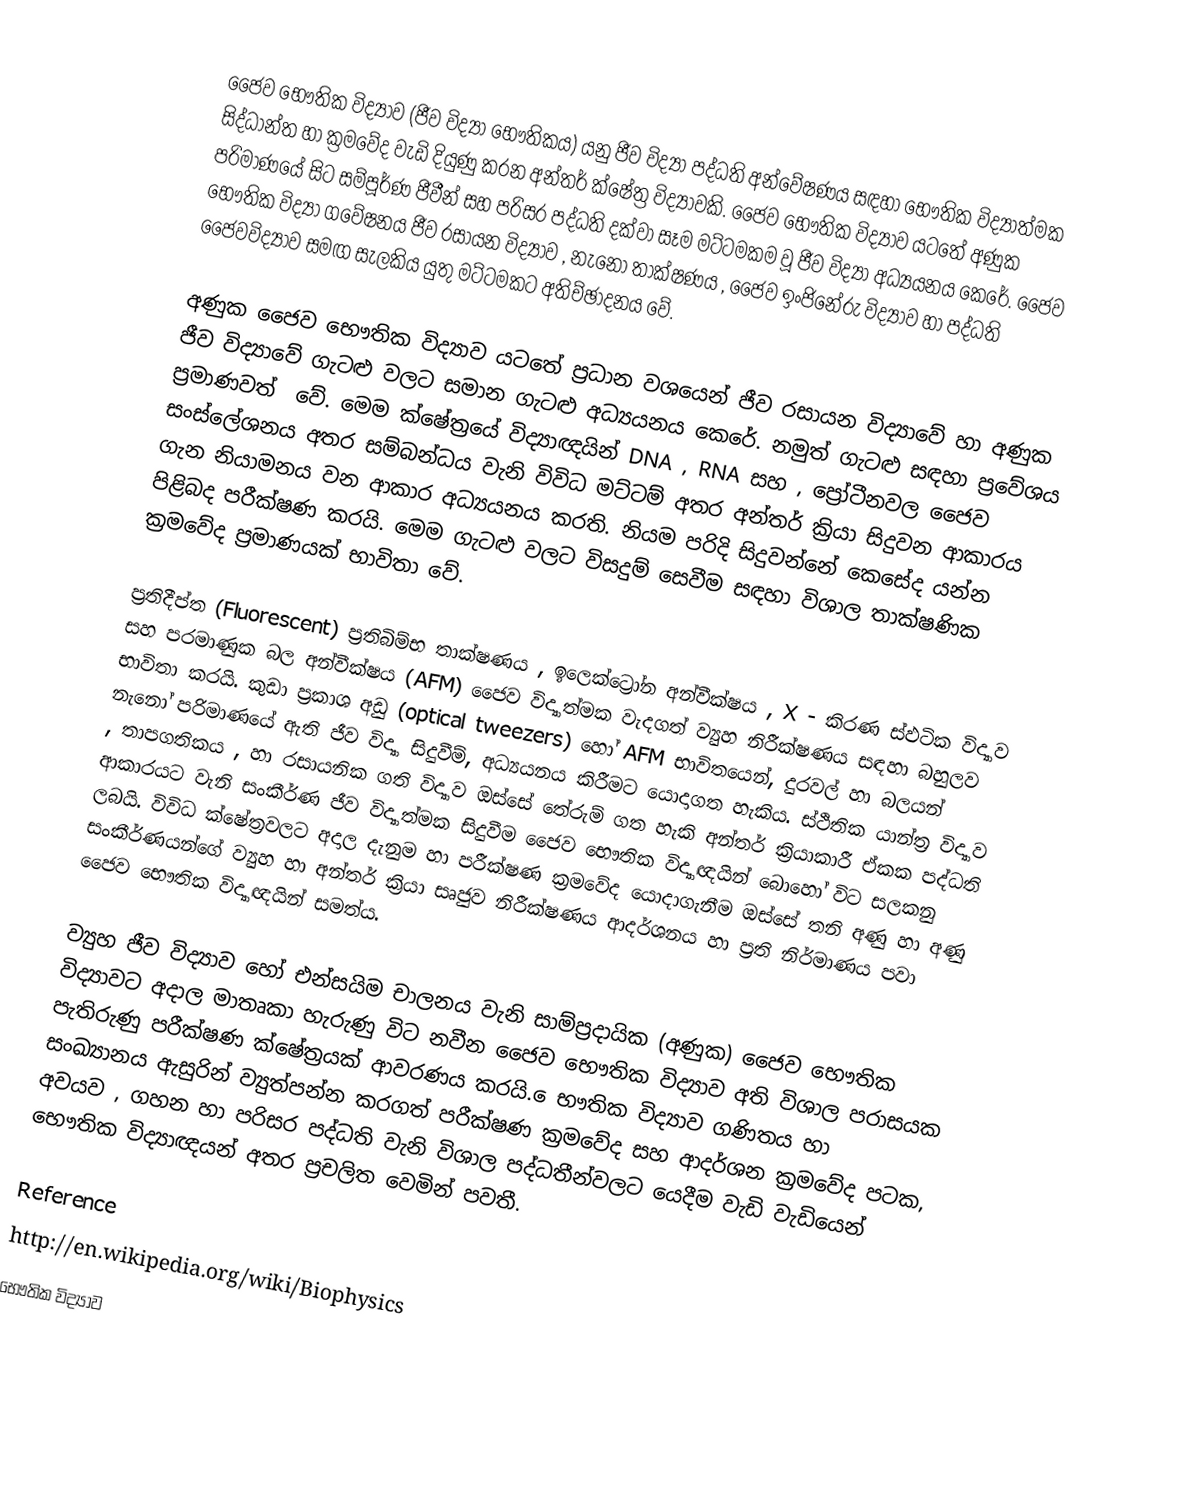
ජෛව භෞතික විද්‍යාව (ජීව විද්‍යා භෞතිකය) යනු ජීව විද්‍යා පද්ධති අන්වේෂණය සඳහා භෞතික විද්‍යාත්මක සිද්ධාන්ත හා ක්‍රමවේද වැඩි දියුණු කරන  අන්තර් ක්ෂේත්‍ර විද්‍යාවකි. ජෛව භෞතික විද්‍යාව යටතේ අණුක පරිමාණයේ සිට සම්පූර්ණ ජීවීන් සහ පරිසර පද්ධති දක්වා සෑම මට්ටමකම වූ ජීව විද්‍යා අධ්‍යයනය කෙරේ. ජෛව භෞතික විද්‍යා ගවේෂනය ජීව රසායන විද්‍යාව , නැනෝ තාක්ෂණය , ජෛව ඉංජිනේරු  විද්‍යාව හා පද්ධති ජෛවවිද්‍යාව සමඟ සැලකිය යුතු මට්ටමකට අතිච්ඡාදනය වේ.

අණුක ජෛව භෞතික විද්‍යාව යටතේ ප්‍රධාන වශයෙන් ජීව ‍රසායන විද්‍යාවේ හා අණුක ජීව විද්‍යාවේ ගැටළු වලට සමාන ගැටළු අධ්‍යයනය කෙරේ. නමුත් ගැටළු සඳහා ප්‍රවේශය ප්‍රමාණවත් ‍ වේ. මෙම ක්ෂේත්‍රයේ විද්‍යාඥයින් DNA , RNA සහ , ප්‍රෝටීනවල ජෛව සංස්ලේශනය අතර සම්බන්ධය වැනි විවිධ මට්ටම් අතර අන්තර් ක්‍රියා සිදුවන ආකාරය ගැන නියාමනය වන ආකාර අධ්‍යයනය කරති. නියම පරිදි සිදුවන්නේ කෙසේද යන්න පිළිබද පරීක්ෂණ කරයි. මෙම ගැටළු වලට විසදුම් සෙවීම සඳහා විශාල තාක්ෂණික ක්‍රමවේද ප්‍රමාණයක් භාවිතා වේ.

ප්‍රතිදීප්ත  (Fluorescent) ප්‍රතිබිම්භ තාක්ෂණය ,  ඉලෙක්ට්‍රෝන අන්වීක්ෂය , X - කිරණ ස්ඵටික විද්‍යාව සහ පරමාණුක බල අන්වීක්ෂය  (AFM)  ජෛව විද්‍යාත්මක වැදගත් ව්‍යුහ නිරීක්ෂණය සඳහා බහුලව භාවිතා කරයි. කුඩා ප්‍රකාශ අඩු (optical tweezers) හෝ AFM  භාවිතයෙන්, දුරවල් හා බලයන් ‍නැනෝ පරිමාණයේ ඇති ජීව විද්‍යා සිදුවීම්, අධ්‍යයනය කිරීමට යොදාගත හැකිය. ස්ථිතික යාන්ත්‍ර විද්‍යාව , තාපගතිකය , හා රසායනික ගති විද්‍යාව ඔස්සේ තේරුම් ගත හැකි අන්තර් ක්‍රියාකාරී ඒකක පද්ධති ආකාරයට වැනි සංකීර්ණ ජීව විද්‍යාත්මක සිදුවීම ජෛව භෞතික විද්‍යාඥයින් බොහෝ විට සලකනු ලබයි. විවිධ ක්ෂේත්‍රවලට අදාල දැනුම හා පරීක්ෂණ ක්‍රමවේද යොද‍ාගැනීම ඔස‍්සේ තනි අණු හා අණු සංකීර්ණයන්ගේ ව්‍යුහ හා අන්තර් ක්‍රියා සෘජුව නිරීක්ෂණය ආදර්ශනය හා ප්‍රති නිර්මාණය පවා ජෛව භෞතික විද්‍යාඥයින් සමත්ය.

ව්‍යුහ ජීව විද්‍යාව හෝ එන්සයිම චාලනය වැනි සාම්ප්‍රදායික (අණුක) ජෛව භෞතික විද්‍යාවට අදාල මාතෘකා හැරුණු විට නවීන ජෛව භෞතික විද්‍යාව අති විශාල පරාසයක පැතිරුණු පරීක්ෂණ ක්ෂේත්‍රයක් ආවරණය කරයි. ‍ෙ‍භෟතික විද්‍යාව ගණිතය හා සංඛ්‍යානය ඇසුරින් ව්‍යුත්පන්න කරගත් පරීක්ෂණ ක්‍රමවේද සහ ආදර්ශන ක්‍රමවේද පටක, අවයව , ගහන හා පරිසර පද්ධති වැනි විශාල පද්ධතීන්වලට යෙදීම වැඩි වැඩියෙන් භෞතික විද්‍යාඥයන් අතර ප්‍රචලිත වෙමින් පවතී.

Reference
http://en.wikipedia.org/wiki/Biophysics
භෞතික විද්‍යාව